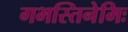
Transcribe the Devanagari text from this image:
गभस्तिनेमिः